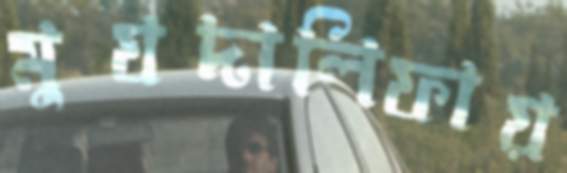
মুযদালিফায়